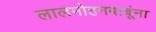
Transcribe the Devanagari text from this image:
लालमोहनबाबूंना